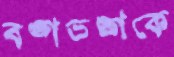
বঙ্গভঙ্গকে